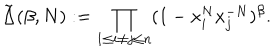
LaTeX: \tilde { \Delta } ( \beta , N ) : = \prod _ { 1 \leq i \neq j \leq n } ( 1 - x _ { i } ^ { N } x _ { j } ^ { - N } ) ^ { \beta } .